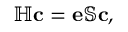
\mathbb { H } \mathbf { c } = \mathbf { e } \mathbb { S } \mathbf { c } ,